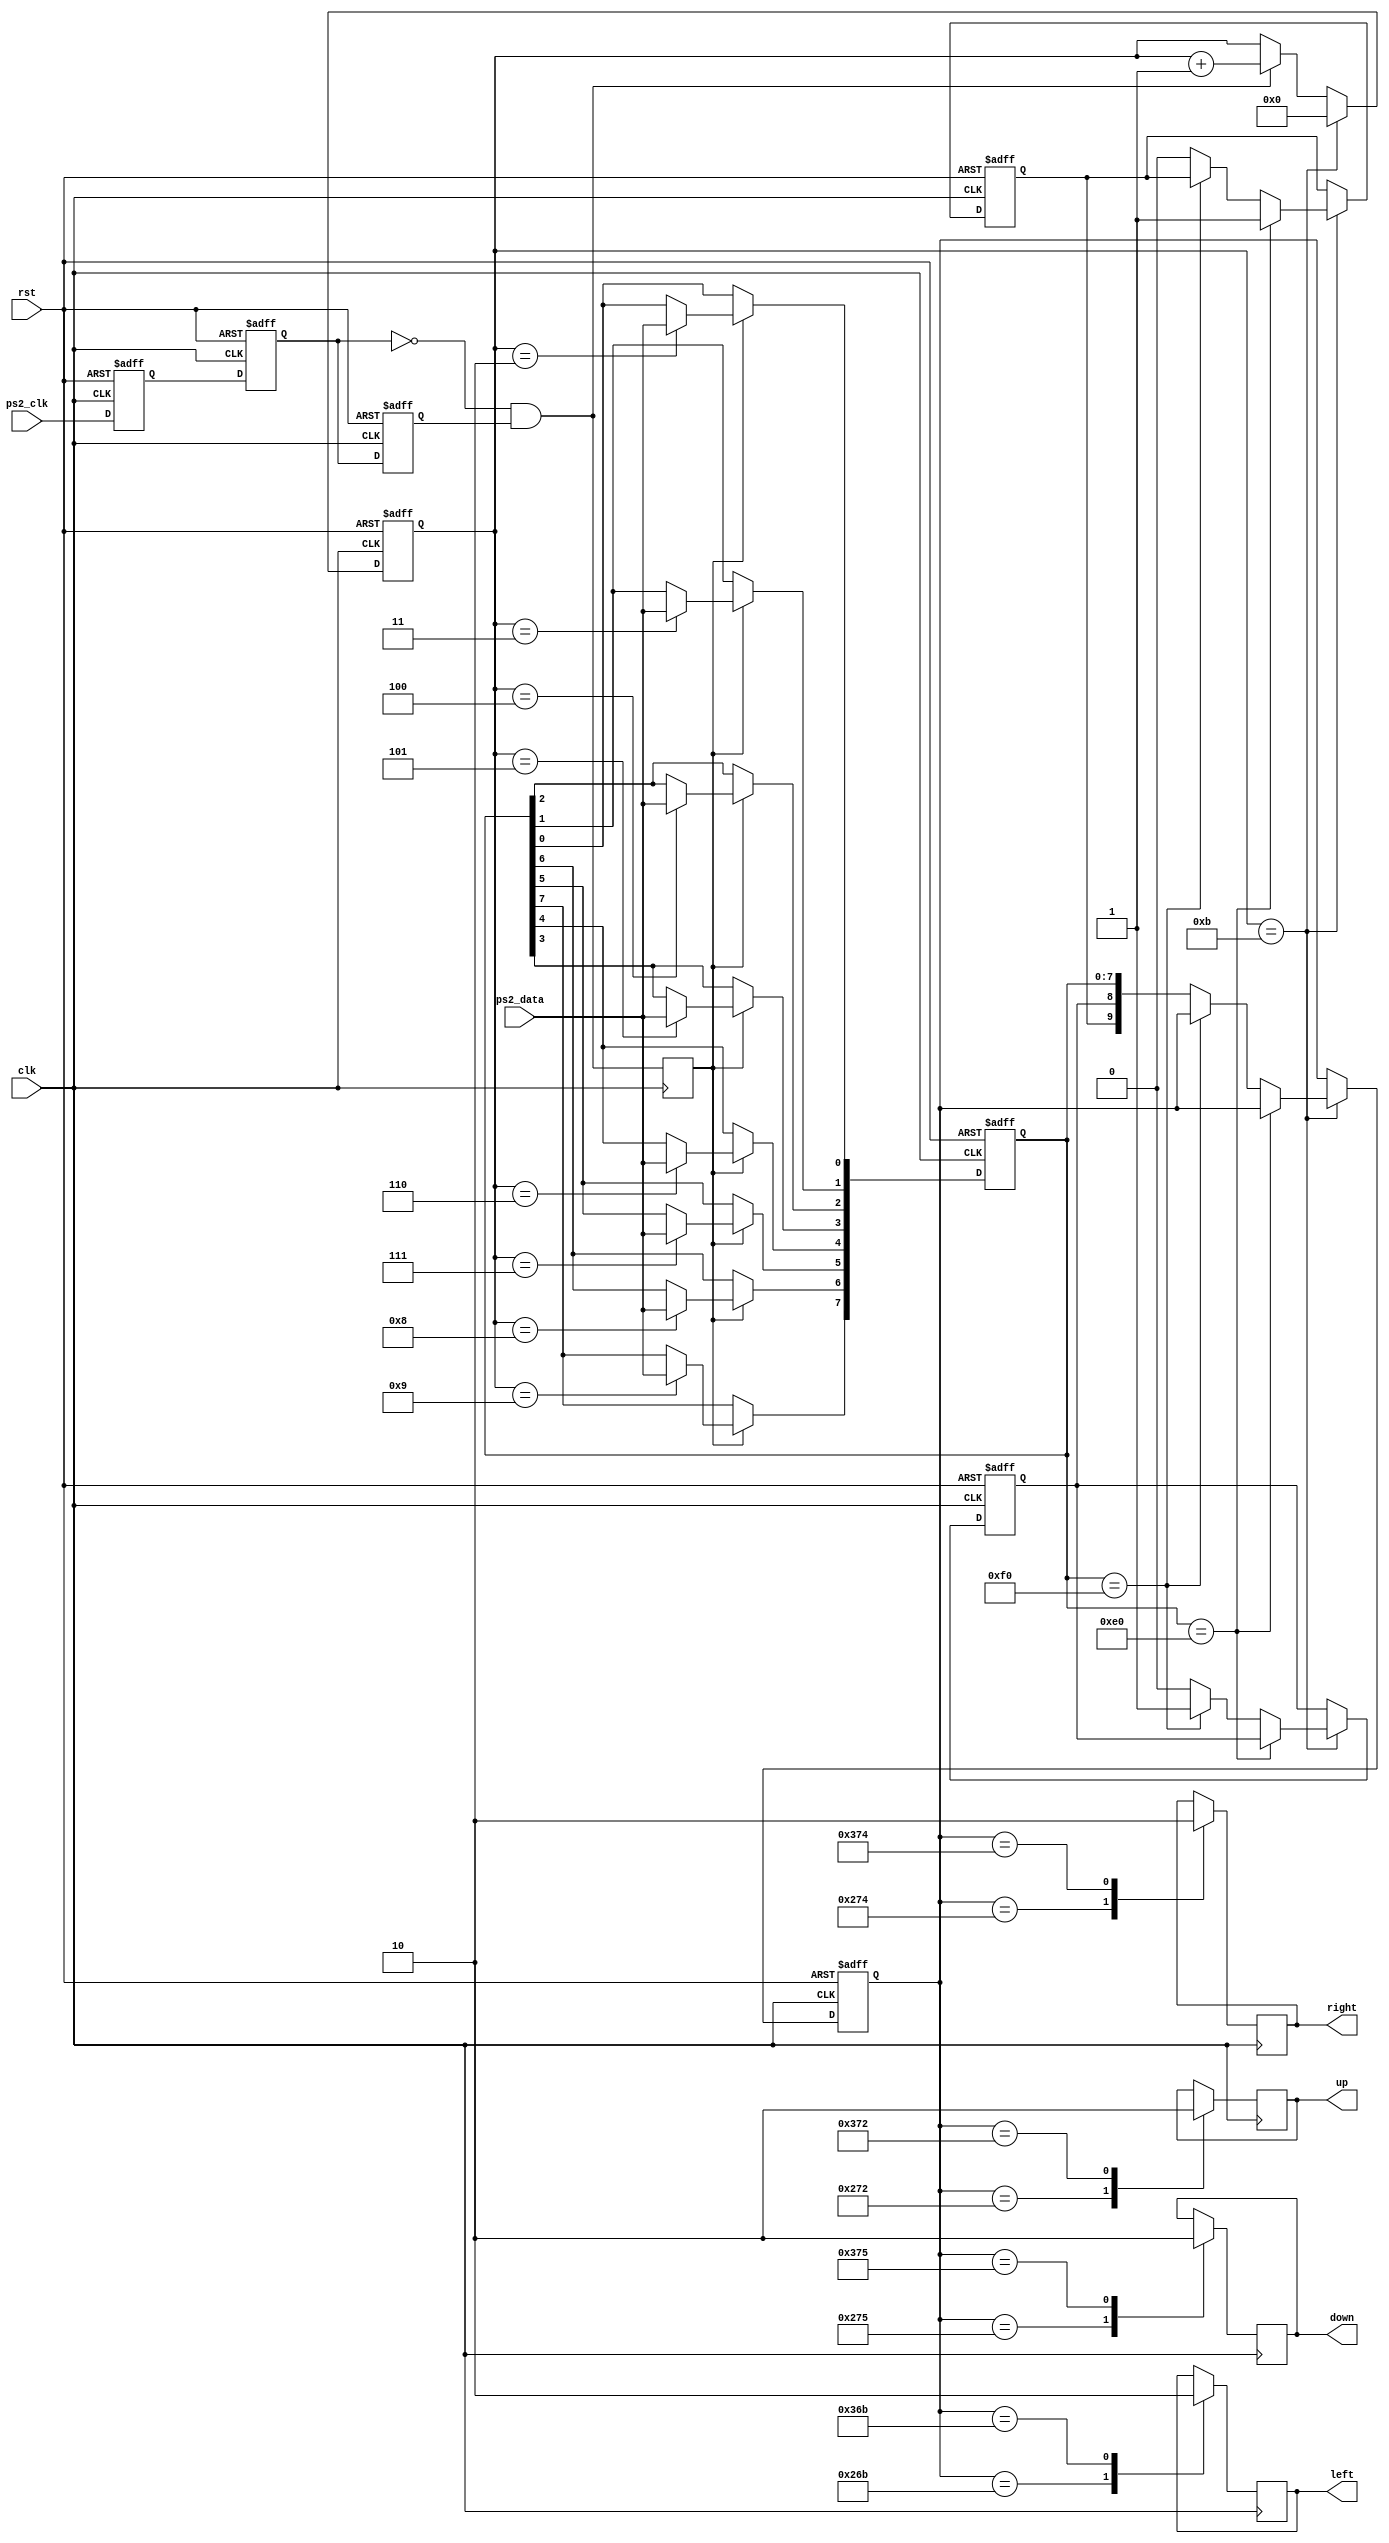
`timescale 1ns / 1ps
//////////////////////////////////////////////////////////////////////////////////
// Company: 
// Engineer: 
// 
// Design Name: 
// Module Name: PS2
// Project Name: 
// Target Devices: 
// Tool Versions: 
// Description: 
// 
// Dependencies: 
// 
// Revision:
// Revision 0.01 - File Created
// Additional Comments:
// 
//////////////////////////////////////////////////////////////////////////////////


module PS2(
	input clk, rst,
	input ps2_clk, ps2_data,
	output reg up, left, right, down
	);

reg ps2_clk_falg0, ps2_clk_falg1, ps2_clk_falg2;
wire negedge_ps2_clk = !ps2_clk_falg1 & ps2_clk_falg2;
reg negedge_ps2_clk_shift;
reg [9:0] data;
reg data_break, data_done, data_expand;
reg[7:0]temp_data;
reg[3:0]num;

always@(posedge clk or posedge rst)begin
	if(rst)begin
		ps2_clk_falg0<=1'b0;
		ps2_clk_falg1<=1'b0;
		ps2_clk_falg2<=1'b0;
	end
	else begin
		ps2_clk_falg0<=ps2_clk;
		ps2_clk_falg1<=ps2_clk_falg0;
		ps2_clk_falg2<=ps2_clk_falg1;
	end
end

always@(posedge clk or posedge rst)begin
	if(rst)
		num<=4'd0;
	else if (num==4'd11)
		num<=4'd0;
	else if (negedge_ps2_clk)
		num<=num+1'b1;
end

always@(posedge clk)begin
	negedge_ps2_clk_shift<=negedge_ps2_clk;
end


always@(posedge clk or posedge rst)begin
	if(rst)
		temp_data<=8'd0;
	else if (negedge_ps2_clk_shift)begin
		case(num)
			4'd2 : temp_data[0]<=ps2_data;
			4'd3 : temp_data[1]<=ps2_data;
			4'd4 : temp_data[2]<=ps2_data;
			4'd5 : temp_data[3]<=ps2_data;
			4'd6 : temp_data[4]<=ps2_data;
			4'd7 : temp_data[5]<=ps2_data;
			4'd8 : temp_data[6]<=ps2_data;
			4'd9 : temp_data[7]<=ps2_data;
			default: temp_data<=temp_data;
		endcase
	end
	else temp_data<=temp_data;
end

always@(posedge clk or posedge rst)begin
	if(rst)begin
		data_break<=1'b0;
		data<=10'd0;
		data_done<=1'b0;
		data_expand<=1'b0;
	end
	else if(num==4'd11)begin
		if(temp_data==8'hE0)begin
			data_expand<=1'b1;
		end
		else if(temp_data==8'hF0)begin
			data_break<=1'b1;
		end
		else begin
			data<={data_expand,data_break,temp_data};
			data_done<=1'b1;
			data_expand<=1'b0;
			data_break<=1'b0;
		end
	end
	else begin
		data<=data;
		data_done<=1'b0;
		data_expand<=data_expand;
		data_break<=data_break;
	end
end

always @(posedge clk) begin
	case (data)
        10'h275:down <= 1;
        10'h375:down <= 0;
        10'h26B:left <= 1;
        10'h36B:left <= 0;
        10'h274:right <= 1;
        10'h374:right <= 0;
        10'h272:up<=1;
        10'h372:up<=0;
    endcase
end

endmodule